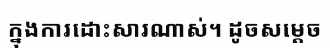
ក្នុងការដោះសារណាស់។ ដូចសម្តេច